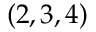
( 2 , 3 , 4 )